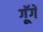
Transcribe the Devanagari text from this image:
गूॅगें